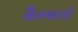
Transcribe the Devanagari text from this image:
कैल्कली